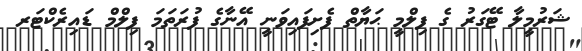
ޝަރުމީލާ ޓޭގަރު ގެ ފިލްމީ ޙަޔާތް ފެށިފައިވަނީ އޭނާގެ ފުރަތަމަ ފިލްމް ޑައިރެކްޓަރ